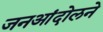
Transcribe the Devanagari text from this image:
जनआंदोलने